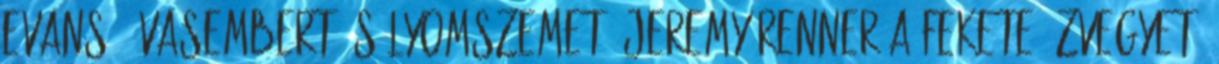
Evans , Vasembert, Sólyomszemet, Jeremy Renner a Fekete özvegyet,